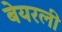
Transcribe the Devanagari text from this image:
बेयरली